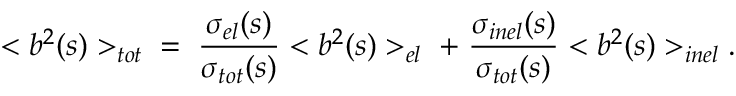
< b ^ { 2 } ( s ) > _ { t o t } \; \; = \; { \frac { \sigma _ { e l } ( s ) } { \sigma _ { t o t } ( s ) } } < b ^ { 2 } ( s ) > _ { e l } \; + \; { \frac { \sigma _ { i n e l } ( s ) } { \sigma _ { t o t } ( s ) } } < b ^ { 2 } ( s ) > _ { i n e l } .